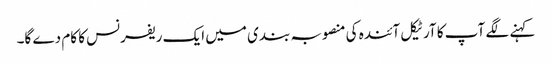
کہنے لگے آپ کا آرٹیکل آئندہ کی منصوبہ بندی میں ایک ریفرنس کا کام دے گا۔